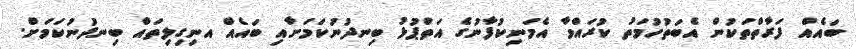
ބައެއް ފަރާތްތަކުން އެބަތުހުމަތު ކުރައްވާ އެމަނިކުފާނުގެ އަތްޕުޅު ބިނދުނުކަމަށާއި ބައެއް އނިގިލިތައް ބިނދުނުކަމަށް.